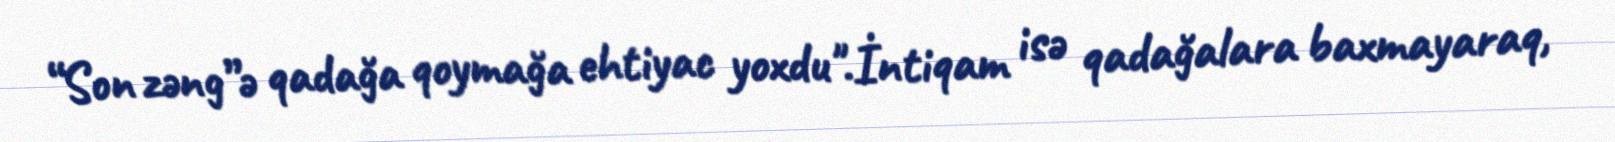
“Son zəng”ə qadağa qoymağa ehtiyac yoxdu".İntiqam isə qadağalara baxmayaraq,